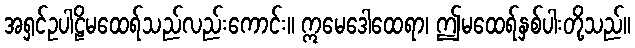
အရှင်ဥပါဠိမထေရ်သည်လည်းကောင်း။ ဣမေဒေါထေရာ၊ ဤမထေရ်နှစ်ပါးတို့သည်။